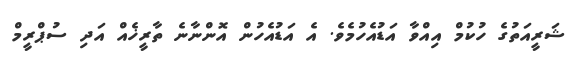
ޝަރީއަތުގެ ހުކުމް އިއްވާ އަޑުއެހުމެވެ. އެ އަޑުއެހުން އޮންނާނެ ތާރީޚެއް އަދި ސުޕްރީމް